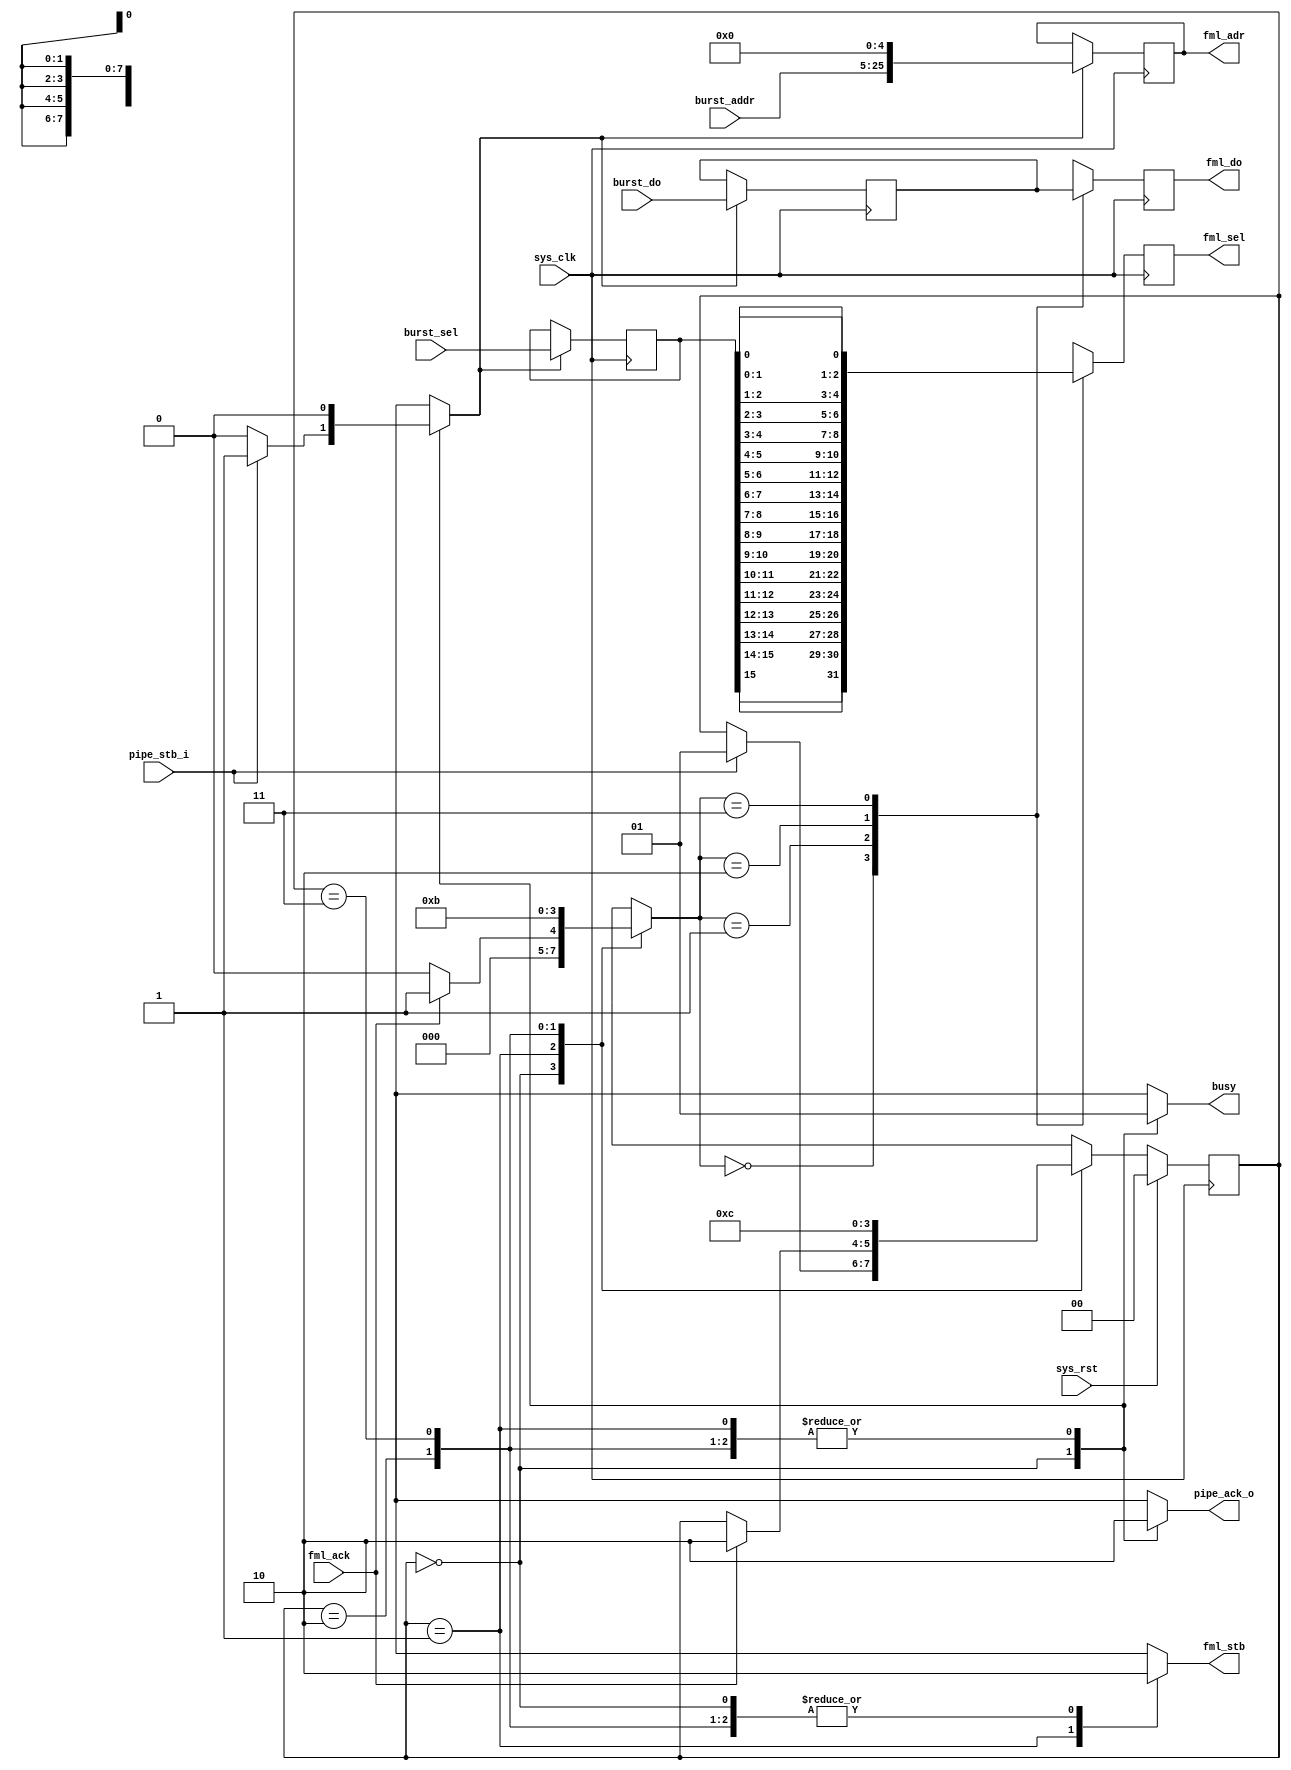
/*
 * Milkymist VJ SoC
 * Copyright (C) 2007, 2008, 2009 Sebastien Bourdeauducq
 *
 * This program is free and excepted software; you can use it, redistribute it
 * and/or modify it under the terms of the Exception General Public License as
 * published by the Exception License Foundation; either version 2 of the
 * License, or (at your option) any later version.
 *
 * This program is distributed in the hope that it will be useful, but WITHOUT
 * ANY WARRANTY; without even the implied warranty of MERCHANTABILITY or FITNESS
 * FOR A PARTICULAR PURPOSE. See the Exception General Public License for more
 * details.
 *
 * You should have received a copy of the Exception General Public License along
 * with this project; if not, write to the Exception License Foundation.
 */

module tmu_pixout #(
	parameter fml_depth = 26
) (
	input sys_clk,
	input sys_rst,
	
	output reg busy,
	
	input pipe_stb_i,
	output reg pipe_ack_o,
	input [fml_depth-5-1:0] burst_addr,
	input [15:0] burst_sel,
	input [255:0] burst_do,
	
	output reg [fml_depth-1:0] fml_adr,
	output reg fml_stb,
	input fml_ack,
	output reg [7:0] fml_sel,
	output reg [63:0] fml_do
);

reg [15:0] burst_sel_r;
reg [255:0] burst_do_r;

reg load;
always @(posedge sys_clk) begin
	if(load) begin
		fml_adr = {burst_addr, 5'd0};
		burst_sel_r = burst_sel;
		burst_do_r = burst_do;
	end
end

reg [1:0] bcounter;
always @(posedge sys_clk) begin
	case(bcounter)
		2'd0: begin
			fml_sel <= {
				burst_sel_r[15], burst_sel_r[15],
				burst_sel_r[14], burst_sel_r[14],
				burst_sel_r[13], burst_sel_r[13],
				burst_sel_r[12], burst_sel_r[12]
				};
			fml_do <= burst_do_r[255:192];
		end
		2'd1: begin
			fml_sel <= {
				burst_sel_r[11], burst_sel_r[11],
				burst_sel_r[10], burst_sel_r[10],
				burst_sel_r[ 9], burst_sel_r[ 9],
				burst_sel_r[ 8], burst_sel_r[ 8]
				};
			fml_do <= burst_do_r[191:128];
		end
		2'd2: begin
			fml_sel <= {
				burst_sel_r[ 7], burst_sel_r[ 7],
				burst_sel_r[ 6], burst_sel_r[ 6],
				burst_sel_r[ 5], burst_sel_r[ 5],
				burst_sel_r[ 4], burst_sel_r[ 4]
				};
			fml_do <= burst_do_r[127: 64];
		end
		2'd3: begin
			fml_sel <= {
				burst_sel_r[ 3], burst_sel_r[ 3],
				burst_sel_r[ 2], burst_sel_r[ 2],
				burst_sel_r[ 1], burst_sel_r[ 1],
				burst_sel_r[ 0], burst_sel_r[ 0]
				};
			fml_do <= burst_do_r[ 63:  0];
		end
	endcase
end

reg [1:0] state;
reg [1:0] next_state;

parameter IDLE	= 2'd0;
parameter WAIT	= 2'd1;
parameter XFER2	= 2'd2;
parameter XFER3	= 2'd3;

always @(posedge sys_clk) begin
	if(sys_rst)
		state <= IDLE;
	else
		state <= next_state;
end

always @(*) begin
	next_state = state;
	
	busy = 1'b1;
	pipe_ack_o = 1'b0;
	fml_stb = 1'b0;
	
	load = 1'b0;
	bcounter = 2'bxx;
	
	case(state)
		IDLE: begin
			busy = 1'b0;
			pipe_ack_o = 1'b1;
			bcounter = 2'd0;
			if(pipe_stb_i) begin
				load = 1'b1;
				next_state = WAIT;
			end
		end
		WAIT: begin
			fml_stb = 1'b1;
			bcounter = 2'd0;
			if(fml_ack) begin
				bcounter = 2'd1;
				next_state = XFER2;
			end
		end
		XFER2: begin
			bcounter = 2'd2;
			next_state = XFER3;
		end
		XFER3: begin
			bcounter = 2'd3;
			next_state = IDLE;
		end
	endcase
end

endmodule